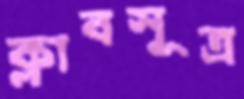
ক্লাবসূত্র